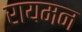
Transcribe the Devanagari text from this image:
रायमन